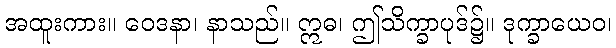
အထူးကား။ ဝေဒနာ၊ နာသည်။ ဣဓ၊ ဤသိက္ခာပုဒ်၌။ ဒုက္ခာယေဝ၊